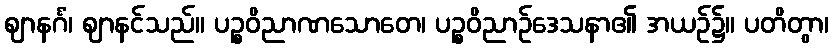
ဈာနင်္ဂံ၊ ဈာနင်သည်။ ပဉ္စဝိညာဏသောတေ၊ ပဉ္စဝိညာဉ်ဒေသနာ၏ အယဉ်၌။ ပတိတွာ၊